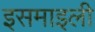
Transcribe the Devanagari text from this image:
इसमाइली